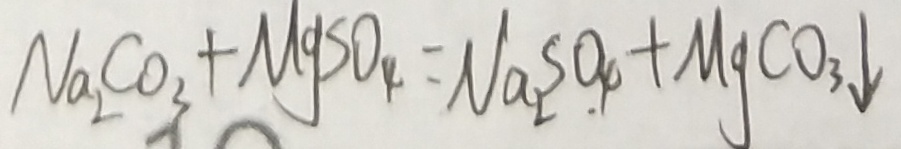
N a _ { 2 } C O _ { 3 } + M g S O _ { 4 } = N a _ { 2 } S O _ { 4 } + M g C O _ { 3 } \downarrow